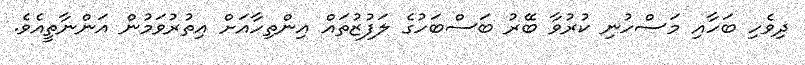
ދިވެހި ބަހާއި މަސްހުނި ކުރުވާ ބޭރު ބަސްބަހުގެ ލަފުޒުތައް އިންތިހާއަށް އިތުރުވަމުން އަންނާތީއެވެ.